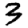
Digit: 3